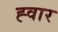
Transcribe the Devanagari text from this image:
ह्वार